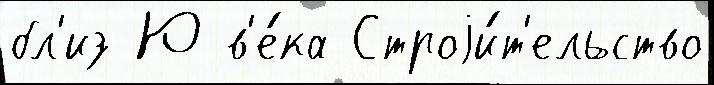
бл'из Ю в'е́ка Строjи́т'ельство